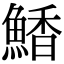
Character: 𮬀